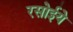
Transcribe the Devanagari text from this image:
रसोईये